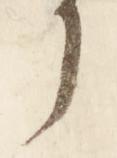
了